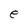
Character: e